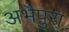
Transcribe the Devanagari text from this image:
अभैपुरा